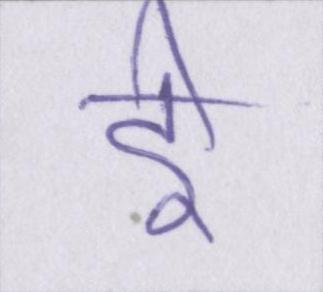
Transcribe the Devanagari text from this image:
ई